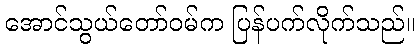
အောင်သွယ်တော်ဝမ်က ပြန်ပက်လိုက်သည်။